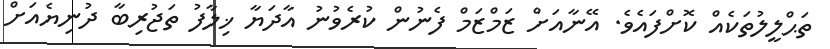
ތަޙްލީލުތަކެއް ކޮށްފައެވެ. އޭނާއަށް ޒަމްޒަމް ފެނުން ކުރެވުނު އާދަޔާ ޚިލާފު ތަޖުރިބާ ދުނިޔެއަށް